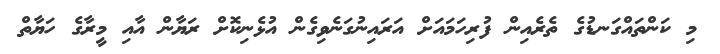
މި ކަންތައްގަނޑުގެ ތެރެއިން ފުރިހަމައަށް އަރައިނުގަނެވިގެން އުޅެނިކޮށް ރަޔާން އާއި މީރާގެ ހަޔާތް